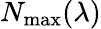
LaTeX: N_{\mathrm{max}}(\lambda)